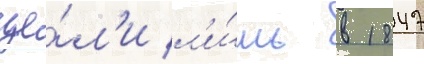
це́л'и л'и́шь в 1847